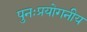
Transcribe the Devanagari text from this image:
पुनःप्रयोगनीय